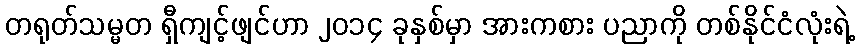
တရုတ်သမ္မတ ရှီကျင့်ဖျင်ဟာ ၂၀၁၄ ခုနှစ်မှာ အားကစား ပညာကို တစ်နိုင်ငံလုံးရဲ့